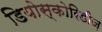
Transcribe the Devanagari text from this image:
डियोस्कोरिडीज़